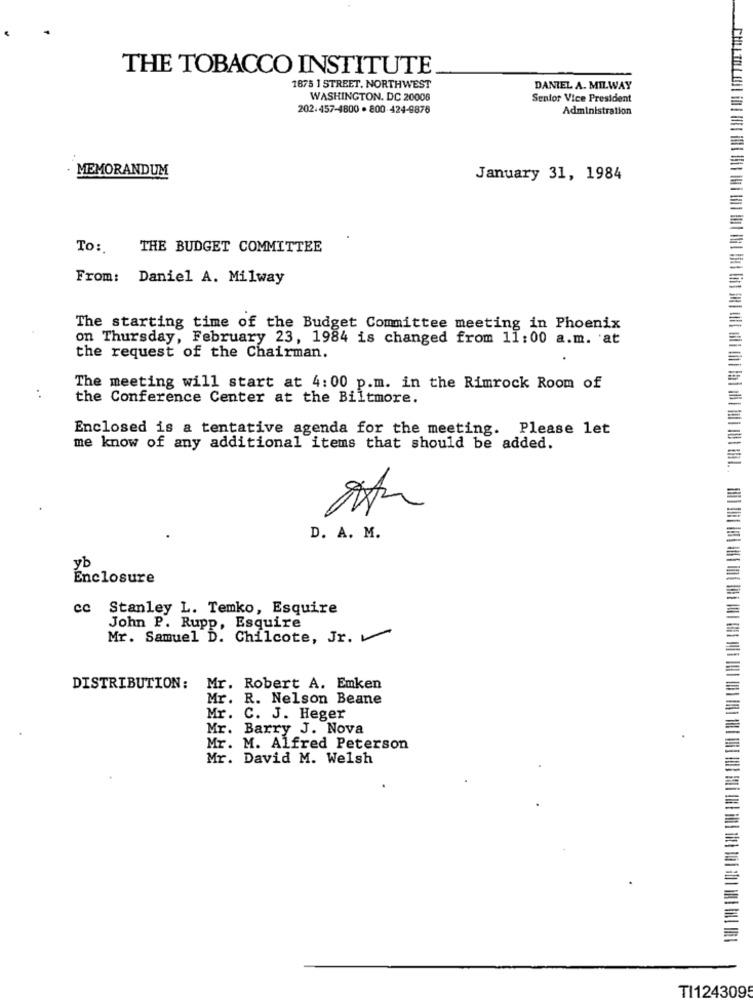
THE TOBACCO INSTITUTE
1875 1 STREET, NORTHWEST
DANIEL A. MILWAY
WASHINGTON, DC 20006
Senior Vice President
202.457-4800 · 800-424-9876
Administration
· MEMORANDUM
January 31, 1984
To:
THE BUDGET COMMITTEE
From: Daniel A. Milway
The starting time of the Budget Committee meeting in Phoenix
on Thursday, February 23, 1984 is changed from 11:00 a.m. at
the request of the Chairman.
The meeting will start at 4:00 p.m. in the Rimrock Room of
the Conference Center at the Biltmore.
Enclosed is a tentative agenda for the meeting. Please let
me know of any additional items that should be added.
D. A. M.
yb
Enclosure
cc
Stanley L. Temko, Esquire
John P. Rupp, Esquire
Mr. Samuel D. Chilcote, Jr.
DISTRIBUTION: Mr. Robert A. Emken
Mr.
R. Nelson Beane
Mr.
C. J. Heger
Mr. Barry J. Nova
Mr. M. Alfred Peterson
Mr. David M. Welsh
TI124309